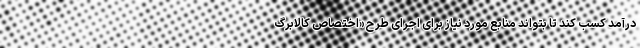
درآمد کسب کند تا بتواند منابع مورد نیاز برای اجرای طرح «اختصاص کالابرگ